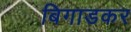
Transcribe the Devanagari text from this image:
बिगाडकर